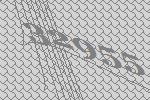
32955